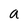
Character: a